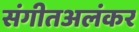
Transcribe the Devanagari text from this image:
संगीतअलंकर